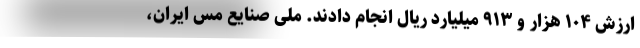
ارزش ۱۰۴ هزار و ۹۱۳ میلیارد ریال انجام دادند. ملی صنایع مس ایران،